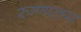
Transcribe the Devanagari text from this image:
रुग्‍णालय